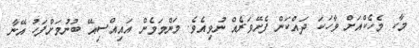
މާކ މެހެކްއަށް ވާހަކަ ދައްކަން ފެށޭވަރެއް ނުވިއެވެ. މަންމަމެން އައިއްސިއޭ ބުނުމަށްފަހު އޭނާ